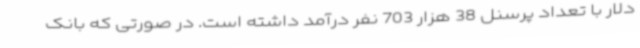
دلار با تعداد پرسنل 38 هزار 703 نفر درآمد داشته است. در صورتی که بانک